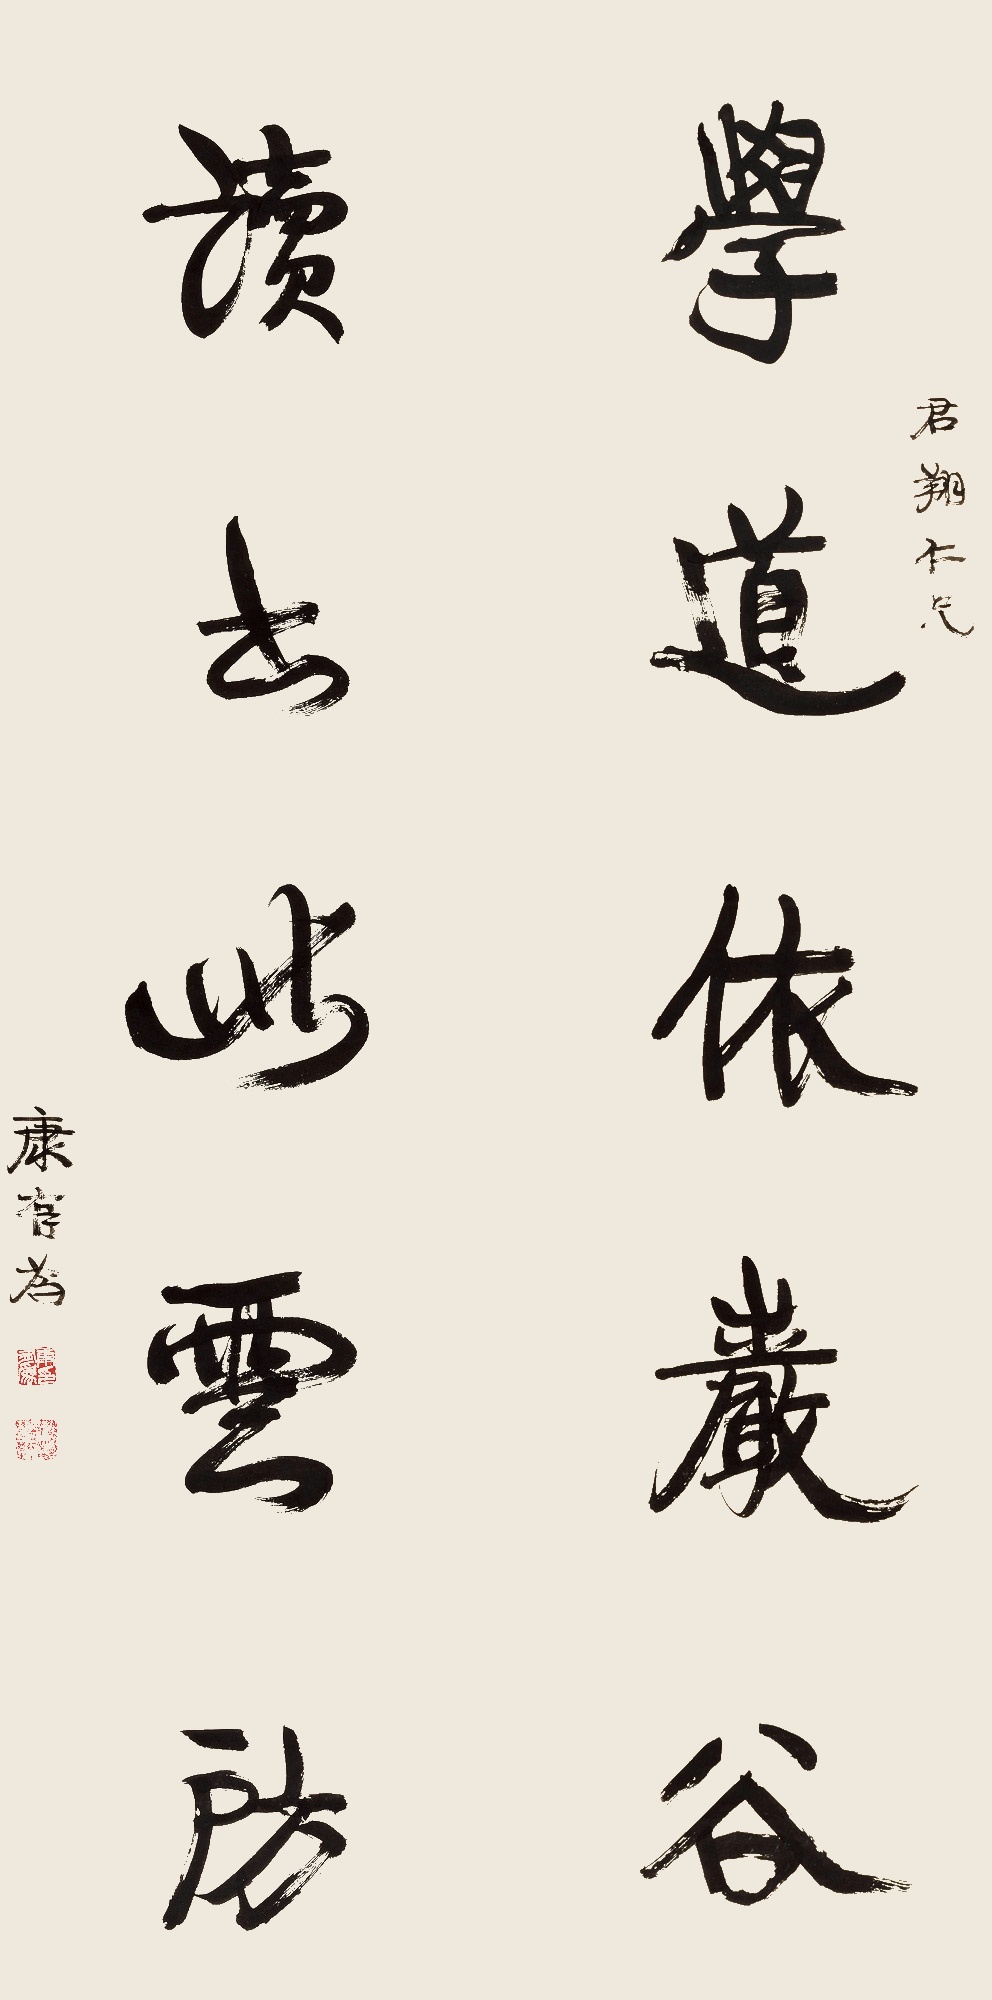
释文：学道依巌谷，读书此云房。君翔仁兄。康有为。